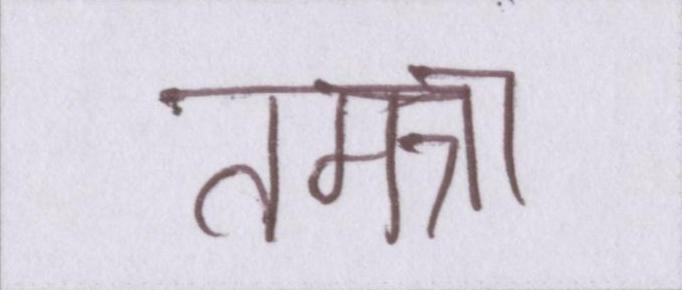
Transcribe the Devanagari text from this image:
तमन्ना